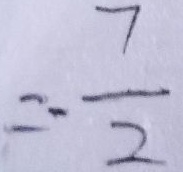
= - \frac { 7 } { 2 }